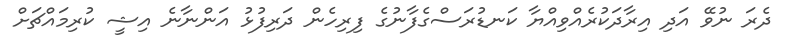
ދެރަ ނުވޭ އަދި އިރާދަކުރެއްވިއްޔާ ކަނޑުރަސްގެފާނުގެ ފިރިހެން ދަރިފުޅު އަންނާނެ އިޝީ ކުރިމައްޗަށް